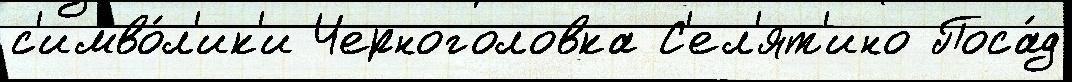
с'имво́л'ик'и Черноголовка С'ел'ят'ино Поса́д